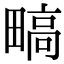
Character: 𬏐